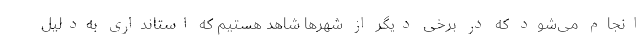
انجام می‌شود که در برخی دیگر از شهرها شاهد هستیم که استانداری به‌دلیل